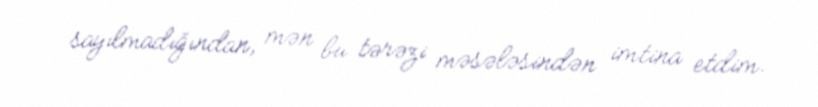
sayılmadığından, mən bu tərəzi məsələsindən imtina etdim.